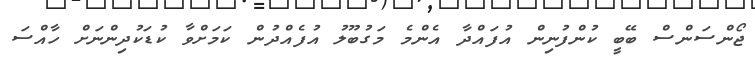
ޖޯންސަންސް ބޭބީ ކުންފުނިން އުފައްދާ އެންމެ މަގުބޫލު އުފެއްދުން ކަމަށްވާ ކުޑަކުދިންނަށް ހާއްސަ